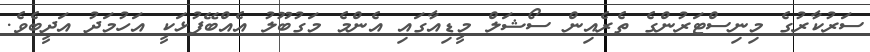
ސަރުކާރުގެ މިނިސްޓަރުންގެ ތެރެއިން ސޯޝަލް މީޑިއާގައި އެންމެ މަގުބޫލު އެއްބޭފުޅަކީ އަހުމަދު އަދީބެވެ.